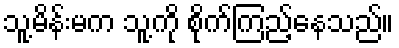
သူ့မိန်းမက သူ့ကို စိုက်ကြည့်နေသည်။